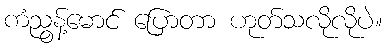
ကံညွန့်မောင် ပြောတာ ဟုတ်သလိုလိုပဲ။